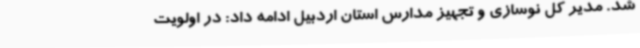
شد. مدیر کل نوسازی و تجهیز مدارس استان اردبیل ادامه داد: در اولویت